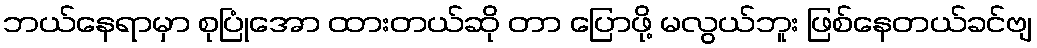
ဘယ်နေရာမှာ စုပြုံအော ထားတယ်ဆို တာ ပြောဖို့ မလွယ်ဘူး ဖြစ်နေတယ်ခင်ဗျ